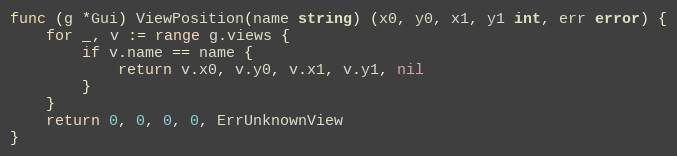
Language: Go
func (g *Gui) ViewPosition(name string) (x0, y0, x1, y1 int, err error) {
	for _, v := range g.views {
		if v.name == name {
			return v.x0, v.y0, v.x1, v.y1, nil
		}
	}
	return 0, 0, 0, 0, ErrUnknownView
}